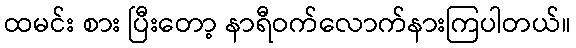
ထမင်း စား ပြီးတော့ နာရီဝက်လောက်နားကြပါတယ်။